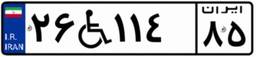
۲۶W۱۱۴۸۵